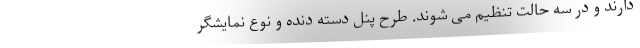
دارند و در سه حالت تنظیم می شوند. طرح پنل دسته دنده و نوع نمایشگر